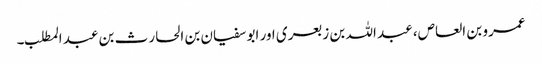
عمرو بن العاص، عبد اللہ بن زبعری اور ابو سفیان بن الحارث بن عبد المطلب۔